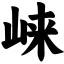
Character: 崃